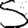
Digit: 5